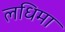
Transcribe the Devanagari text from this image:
लधिमा